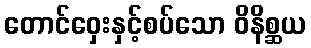
တောင်ဝှေးနှင့်စပ်သော ဝိနိစ္ဆယ